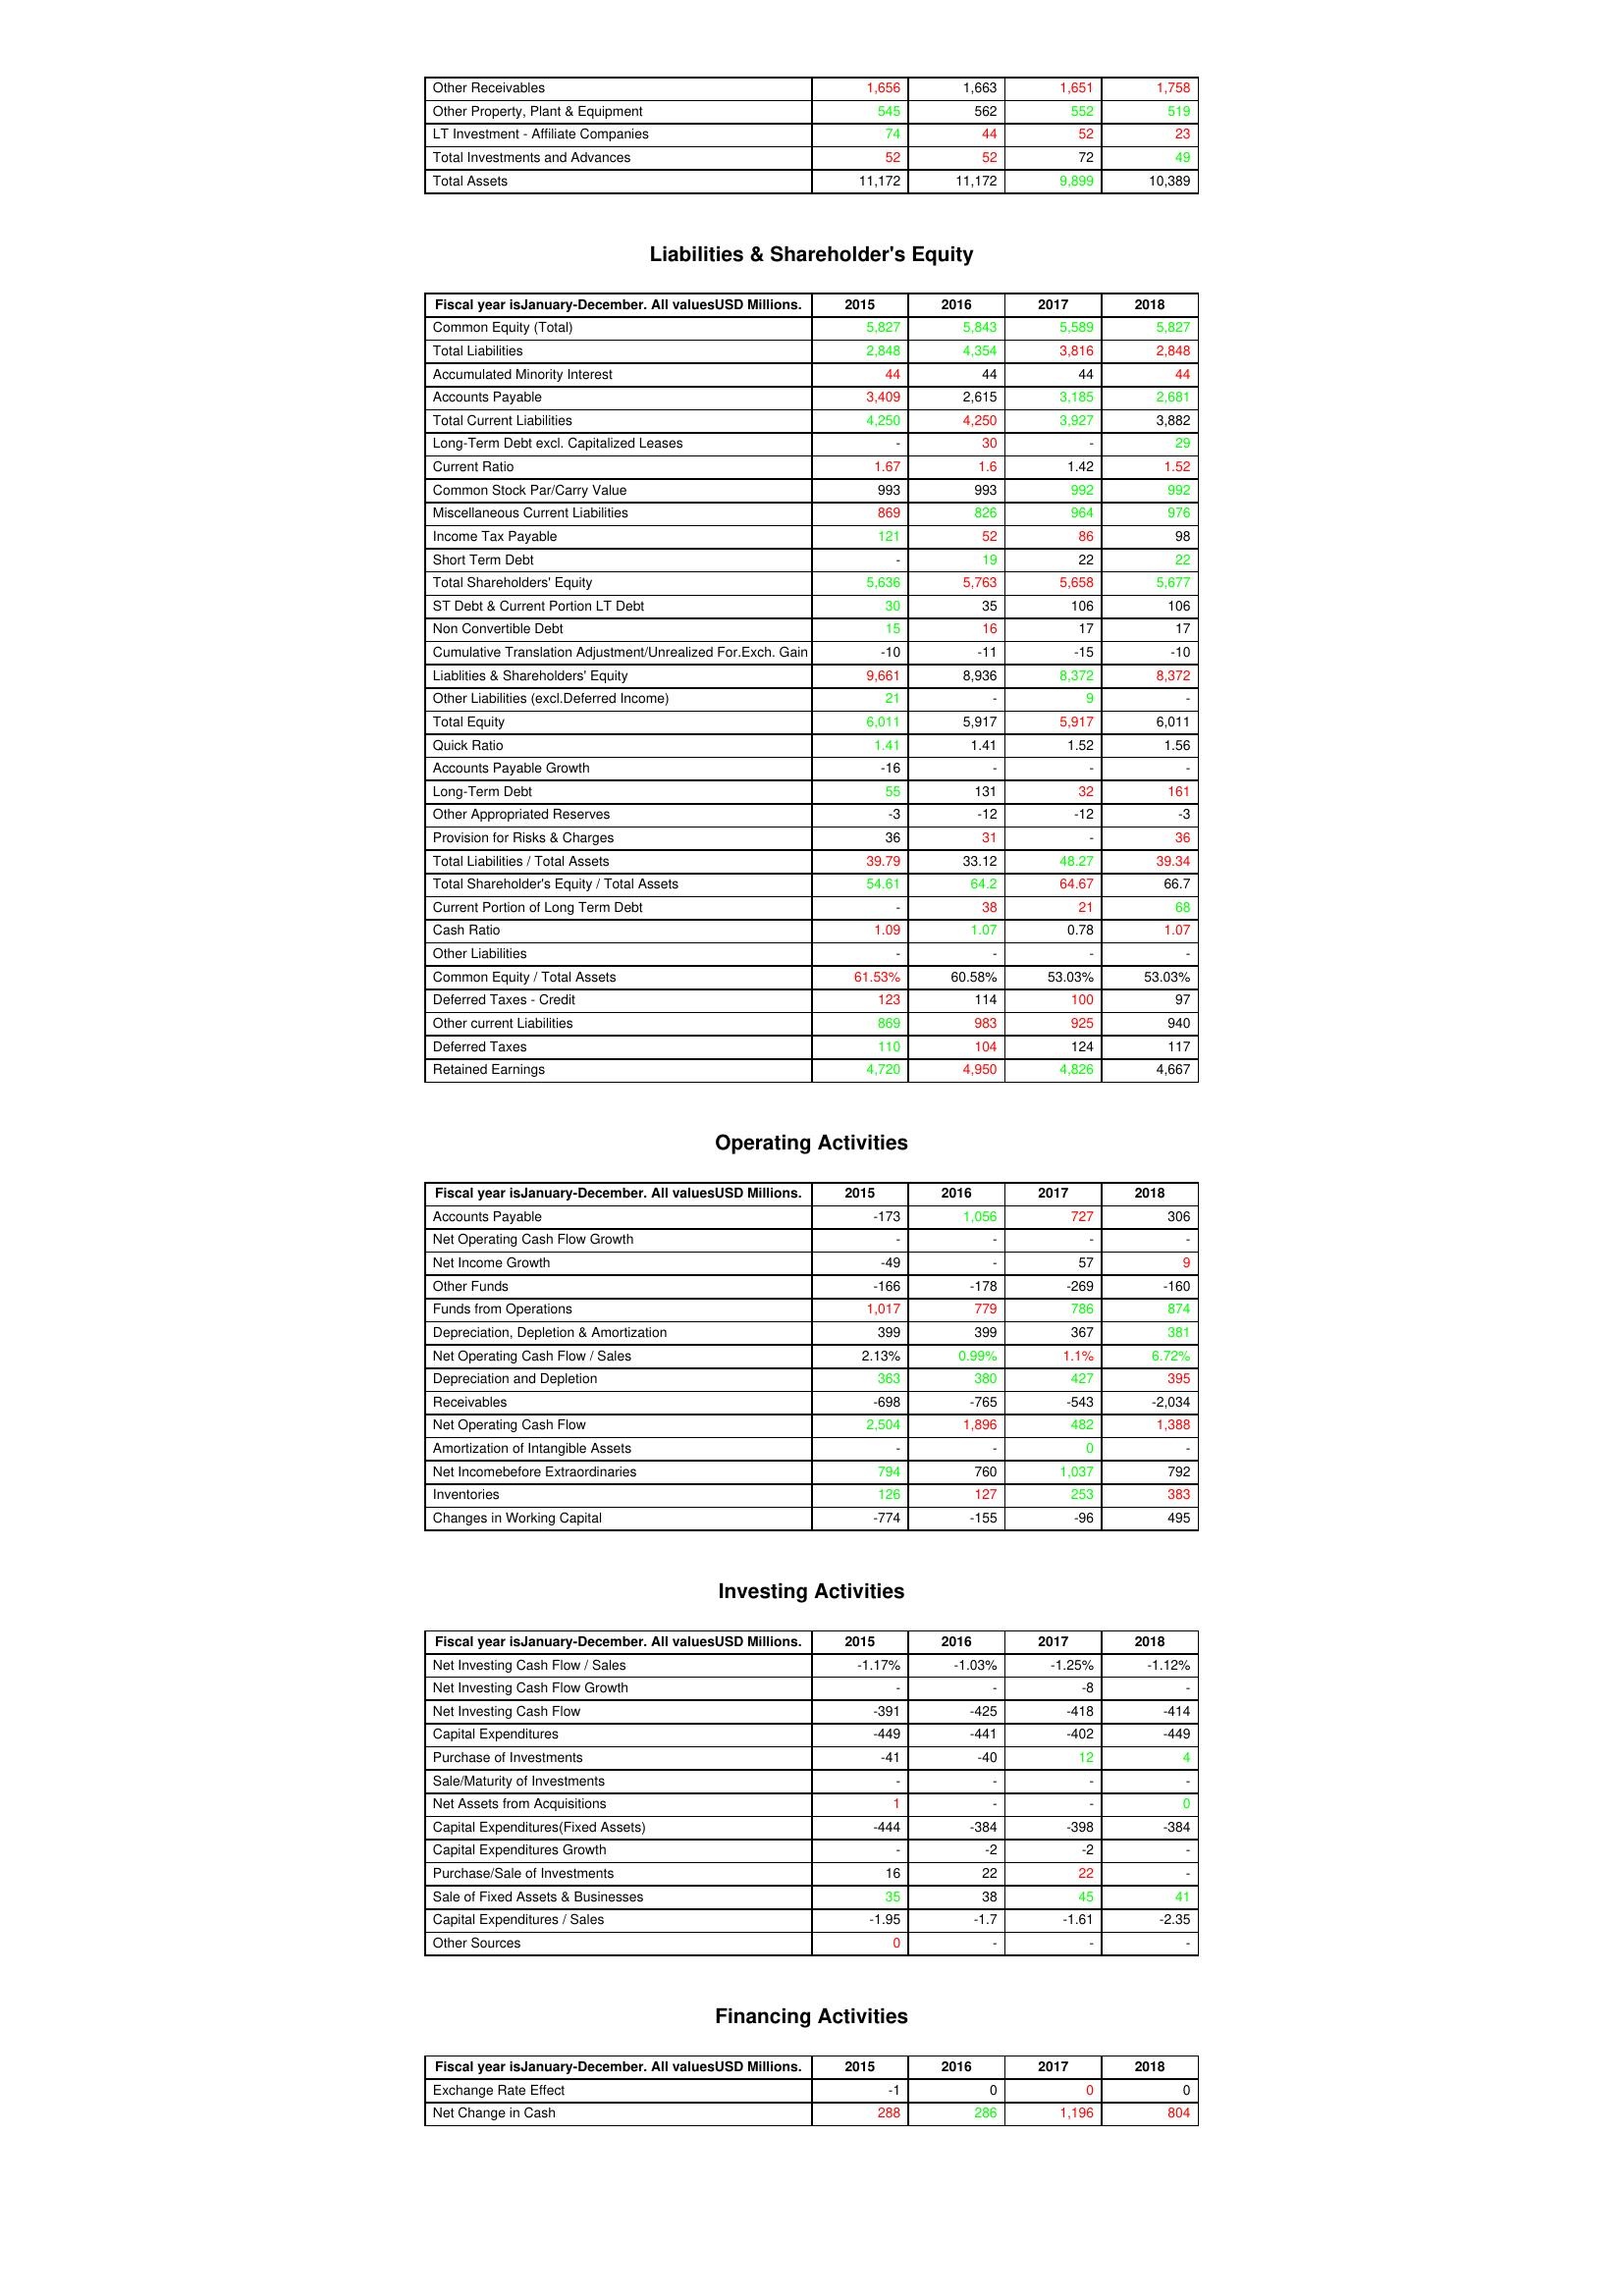
gt_parse: 2015: Assets: Other Receivables: 1,656
Other Property, Plant & Equipment: 545
LT Investment - Affiliate Companies: 74
Total Investments and Advances: 52
Total Assets: 11,172
Liabilities & Shareholder's Equity: Common Equity (Total): 5,827
Total Liabilities: 2,848
Accumulated Minority Interest: 44
Accounts Payable: 3,409
Total Current Liabilities: 4,250
Long-Term Debt excl. Capitalized Leases: -
Current Ratio: 1.67
Common Stock Par/Carry Value: 993
Miscellaneous Current Liabilities: 869
Income Tax Payable: 121
Short Term Debt: -
Total Shareholders' Equity: 5,636
ST Debt & Current Portion LT Debt: 30
Non Convertible Debt: 15
Cumulative Translation Adjustment/Unrealized For.Exch. Gain: -10
Liablities & Shareholders' Equity: 9,661
Other Liabilities (excl.Deferred Income): 21
Total Equity: 6,011
Quick Ratio: 1.41
Accounts Payable Growth: -16
Long-Term Debt: 55
Other Appropriated Reserves: -3
Provision for Risks & Charges: 36
Total Liabilities / Total Assets: 39.79
Total Shareholder's Equity / Total Assets: 54.61
Current Portion of Long Term Debt: -
Cash Ratio: 1.09
Other Liabilities: -
Common Equity / Total Assets: 61.53%
Deferred Taxes - Credit: 123
Other current Liabilities: 869
Deferred Taxes: 110
Retained Earnings: 4,720
Operating Activities: Accounts Payable: -173
Net Operating Cash Flow Growth: -
Net Income Growth: -49
Other Funds: -166
Funds from Operations: 1,017
Depreciation, Depletion & Amortization: 399
Net Operating Cash Flow / Sales: 2.13%
Depreciation and Depletion: 363
Receivables: -698
Net Operating Cash Flow: 2,504
Amortization of Intangible Assets: -
Net Incomebefore Extraordinaries: 794
Inventories: 126
Changes in Working Capital: -774
Investing Activities: Net Investing Cash Flow / Sales: -1.17%
Net Investing Cash Flow Growth: -
Net Investing Cash Flow: -391
Capital Expenditures: -449
Purchase of Investments: -41
Sale/Maturity of Investments: -
Net Assets from Acquisitions: 1
Capital Expenditures(Fixed Assets): -444
Capital Expenditures Growth: -
Purchase/Sale of Investments: 16
Sale of Fixed Assets & Businesses: 35
Capital Expenditures / Sales: -1.95
Other Sources: 0
Financing Activities: Exchange Rate Effect: -1
Net Change in Cash: 288
2016: Assets: Other Receivables: 1,663
Other Property, Plant & Equipment: 562
LT Investment - Affiliate Companies: 44
Total Investments and Advances: 52
Total Assets: 11,172
Liabilities & Shareholder's Equity: Common Equity (Total): 5,843
Total Liabilities: 4,354
Accumulated Minority Interest: 44
Accounts Payable: 2,615
Total Current Liabilities: 4,250
Long-Term Debt excl. Capitalized Leases: 30
Current Ratio: 1.6
Common Stock Par/Carry Value: 993
Miscellaneous Current Liabilities: 826
Income Tax Payable: 52
Short Term Debt: 19
Total Shareholders' Equity: 5,763
ST Debt & Current Portion LT Debt: 35
Non Convertible Debt: 16
Cumulative Translation Adjustment/Unrealized For.Exch. Gain: -11
Liablities & Shareholders' Equity: 8,936
Other Liabilities (excl.Deferred Income): -
Total Equity: 5,917
Quick Ratio: 1.41
Accounts Payable Growth: -
Long-Term Debt: 131
Other Appropriated Reserves: -12
Provision for Risks & Charges: 31
Total Liabilities / Total Assets: 33.12
Total Shareholder's Equity / Total Assets: 64.2
Current Portion of Long Term Debt: 38
Cash Ratio: 1.07
Other Liabilities: -
Common Equity / Total Assets: 60.58%
Deferred Taxes - Credit: 114
Other current Liabilities: 983
Deferred Taxes: 104
Retained Earnings: 4,950
Operating Activities: Accounts Payable: 1,056
Net Operating Cash Flow Growth: -
Net Income Growth: -
Other Funds: -178
Funds from Operations: 779
Depreciation, Depletion & Amortization: 399
Net Operating Cash Flow / Sales: 0.99%
Depreciation and Depletion: 380
Receivables: -765
Net Operating Cash Flow: 1,896
Amortization of Intangible Assets: -
Net Incomebefore Extraordinaries: 760
Inventories: 127
Changes in Working Capital: -155
Investing Activities: Net Investing Cash Flow / Sales: -1.03%
Net Investing Cash Flow Growth: -
Net Investing Cash Flow: -425
Capital Expenditures: -441
Purchase of Investments: -40
Sale/Maturity of Investments: -
Net Assets from Acquisitions: -
Capital Expenditures(Fixed Assets): -384
Capital Expenditures Growth: -2
Purchase/Sale of Investments: 22
Sale of Fixed Assets & Businesses: 38
Capital Expenditures / Sales: -1.7
Other Sources: -
Financing Activities: Exchange Rate Effect: 0
Net Change in Cash: 286
2017: Assets: Other Receivables: 1,651
Other Property, Plant & Equipment: 552
LT Investment - Affiliate Companies: 52
Total Investments and Advances: 72
Total Assets: 9,899
Liabilities & Shareholder's Equity: Common Equity (Total): 5,589
Total Liabilities: 3,816
Accumulated Minority Interest: 44
Accounts Payable: 3,185
Total Current Liabilities: 3,927
Long-Term Debt excl. Capitalized Leases: -
Current Ratio: 1.42
Common Stock Par/Carry Value: 992
Miscellaneous Current Liabilities: 964
Income Tax Payable: 86
Short Term Debt: 22
Total Shareholders' Equity: 5,658
ST Debt & Current Portion LT Debt: 106
Non Convertible Debt: 17
Cumulative Translation Adjustment/Unrealized For.Exch. Gain: -15
Liablities & Shareholders' Equity: 8,372
Other Liabilities (excl.Deferred Income): 9
Total Equity: 5,917
Quick Ratio: 1.52
Accounts Payable Growth: -
Long-Term Debt: 32
Other Appropriated Reserves: -12
Provision for Risks & Charges: -
Total Liabilities / Total Assets: 48.27
Total Shareholder's Equity / Total Assets: 64.67
Current Portion of Long Term Debt: 21
Cash Ratio: 0.78
Other Liabilities: -
Common Equity / Total Assets: 53.03%
Deferred Taxes - Credit: 100
Other current Liabilities: 925
Deferred Taxes: 124
Retained Earnings: 4,826
Operating Activities: Accounts Payable: 727
Net Operating Cash Flow Growth: -
Net Income Growth: 57
Other Funds: -269
Funds from Operations: 786
Depreciation, Depletion & Amortization: 367
Net Operating Cash Flow / Sales: 1.1%
Depreciation and Depletion: 427
Receivables: -543
Net Operating Cash Flow: 482
Amortization of Intangible Assets: 0
Net Incomebefore Extraordinaries: 1,037
Inventories: 253
Changes in Working Capital: -96
Investing Activities: Net Investing Cash Flow / Sales: -1.25%
Net Investing Cash Flow Growth: -8
Net Investing Cash Flow: -418
Capital Expenditures: -402
Purchase of Investments: 12
Sale/Maturity of Investments: -
Net Assets from Acquisitions: -
Capital Expenditures(Fixed Assets): -398
Capital Expenditures Growth: -2
Purchase/Sale of Investments: 22
Sale of Fixed Assets & Businesses: 45
Capital Expenditures / Sales: -1.61
Other Sources: -
Financing Activities: Exchange Rate Effect: 0
Net Change in Cash: 1,196
2018: Assets: Other Receivables: 1,758
Other Property, Plant & Equipment: 519
LT Investment - Affiliate Companies: 23
Total Investments and Advances: 49
Total Assets: 10,389
Liabilities & Shareholder's Equity: Common Equity (Total): 5,827
Total Liabilities: 2,848
Accumulated Minority Interest: 44
Accounts Payable: 2,681
Total Current Liabilities: 3,882
Long-Term Debt excl. Capitalized Leases: 29
Current Ratio: 1.52
Common Stock Par/Carry Value: 992
Miscellaneous Current Liabilities: 976
Income Tax Payable: 98
Short Term Debt: 22
Total Shareholders' Equity: 5,677
ST Debt & Current Portion LT Debt: 106
Non Convertible Debt: 17
Cumulative Translation Adjustment/Unrealized For.Exch. Gain: -10
Liablities & Shareholders' Equity: 8,372
Other Liabilities (excl.Deferred Income): -
Total Equity: 6,011
Quick Ratio: 1.56
Accounts Payable Growth: -
Long-Term Debt: 161
Other Appropriated Reserves: -3
Provision for Risks & Charges: 36
Total Liabilities / Total Assets: 39.34
Total Shareholder's Equity / Total Assets: 66.7
Current Portion of Long Term Debt: 68
Cash Ratio: 1.07
Other Liabilities: -
Common Equity / Total Assets: 53.03%
Deferred Taxes - Credit: 97
Other current Liabilities: 940
Deferred Taxes: 117
Retained Earnings: 4,667
Operating Activities: Accounts Payable: 306
Net Operating Cash Flow Growth: -
Net Income Growth: 9
Other Funds: -160
Funds from Operations: 874
Depreciation, Depletion & Amortization: 381
Net Operating Cash Flow / Sales: 6.72%
Depreciation and Depletion: 395
Receivables: -2,034
Net Operating Cash Flow: 1,388
Amortization of Intangible Assets: -
Net Incomebefore Extraordinaries: 792
Inventories: 383
Changes in Working Capital: 495
Investing Activities: Net Investing Cash Flow / Sales: -1.12%
Net Investing Cash Flow Growth: -
Net Investing Cash Flow: -414
Capital Expenditures: -449
Purchase of Investments: 4
Sale/Maturity of Investments: -
Net Assets from Acquisitions: 0
Capital Expenditures(Fixed Assets): -384
Capital Expenditures Growth: -
Purchase/Sale of Investments: -
Sale of Fixed Assets & Businesses: 41
Capital Expenditures / Sales: -2.35
Other Sources: -
Financing Activities: Exchange Rate Effect: 0
Net Change in Cash: 804